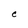
Character: c